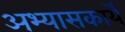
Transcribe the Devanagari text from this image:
अभ्यासकार्ये